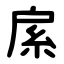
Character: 䋀